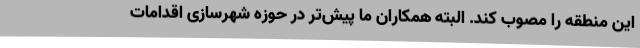
این منطقه را مصوب کند. البته همکاران ما پیش‌تر در حوزه شهرسازی اقدامات